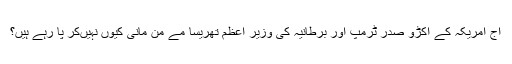
آج امریکہ کے اکڑو صدر ٹرمپ اور برطانیہ کی وزیر اعظم تھریسا مے من مانی کیوں نہیںکر پا رہے ہیں؟